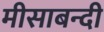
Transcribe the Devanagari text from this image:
मीसाबन्दी